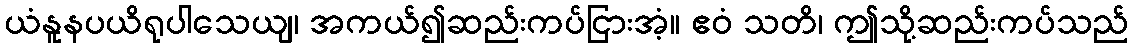
ယံနူနပယိရုပါသေယျ၊ အကယ်၍ဆည်းကပ်ငြားအံ့။ ဧဝံ သတိ၊ ဤသို့ဆည်းကပ်သည်